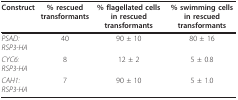
| Construct | % rescued transformants | % flagellated cells in rescued transformants | % swimming cells in rescued transformants |
 | --- | --- | --- | --- |
 | PSAD: RSP3-HA | 40 | 90 ± 10 | 80 ± 16 |
 | CYC6: RSP3-HA | 8 | 12 ± 2 | 5 ± 0.8 |
 | CAH1:RSP3-HA | 7 | 90 ± 10 | 5 ± 1.0 |